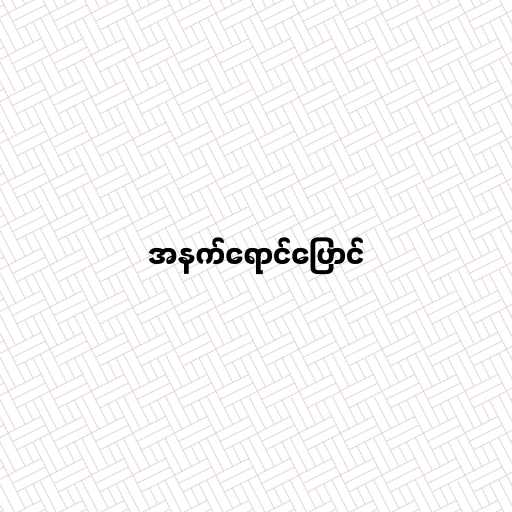
အနက်ရောင်ပြောင်